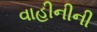
વાહીનીની